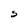
Character: S